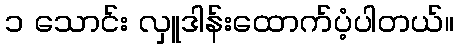
၁ သောင်း လှူဒါန်းထောက်ပံ့ပါတယ်။